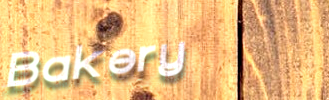
Bakery